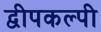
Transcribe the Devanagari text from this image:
द्वीपकल्पी